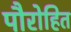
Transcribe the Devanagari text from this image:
पौरोहित